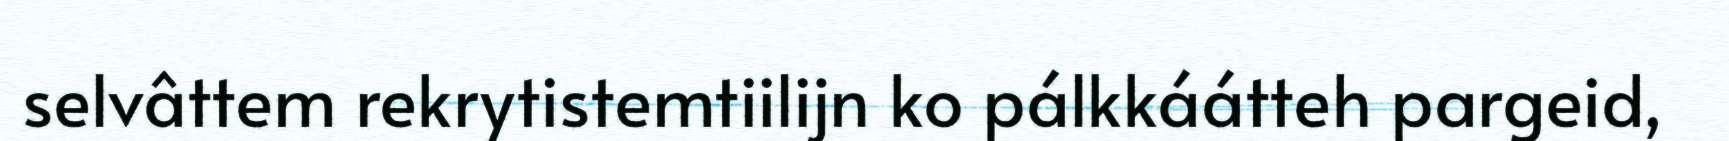
selvâttem rekrytistemtiilijn ko pálkkáátteh pargeid,